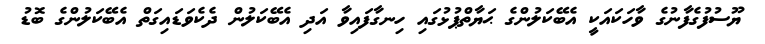
ޔޫސުފުގެފާނުގެ ވާހަކައަކީ އެބޭކަލުންގެ ޙަޔާތްޕުޅުގައި ހިނގާފައިވާ އަދި އެބޭކަލުން ދެކެވަޑައިގަތް އެބޭކަލުންގެ ބޮޑު